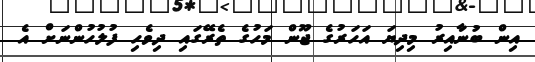
އިން ބުނާއިރު މިދިޔަ އަހަރުގެ ޖޫން މަހުގެ ތެރޭގައި ދިވެހި ފުލުހުންނަށް އެ